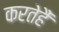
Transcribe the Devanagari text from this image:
करतेहैं